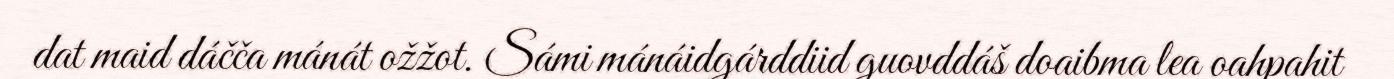
dat maid dáčča mánát ožžot. Sámi mánáidgárddiid guovddáš doaibma lea oahpahit